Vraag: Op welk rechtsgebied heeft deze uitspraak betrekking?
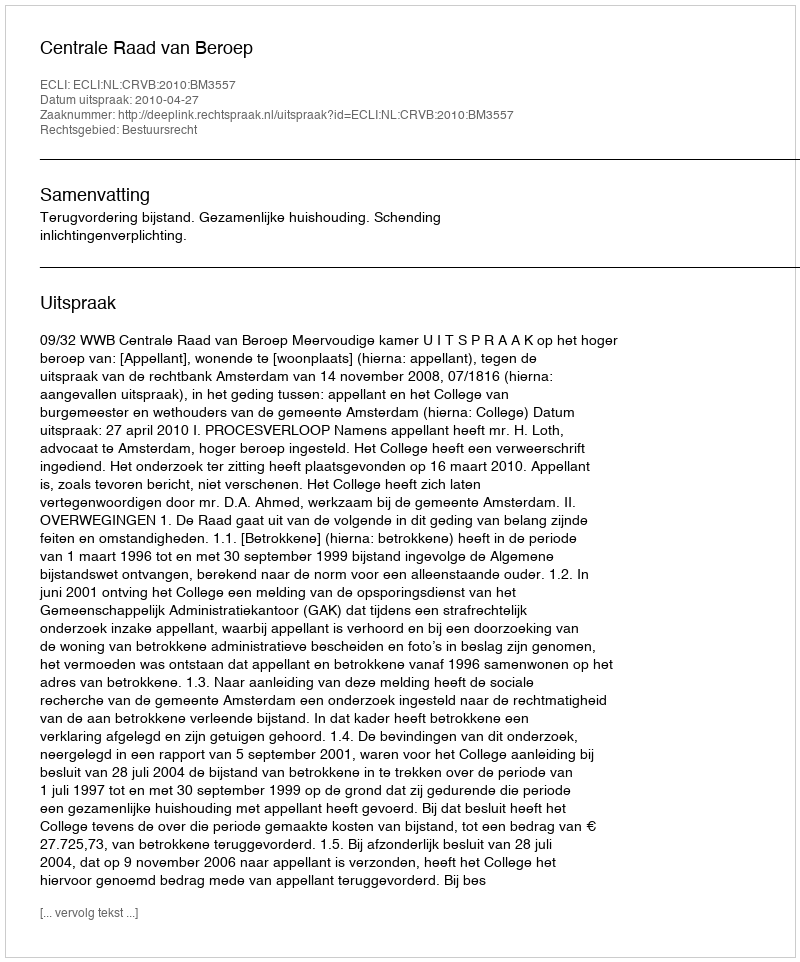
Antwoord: Bestuursrecht